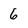
Character: 6